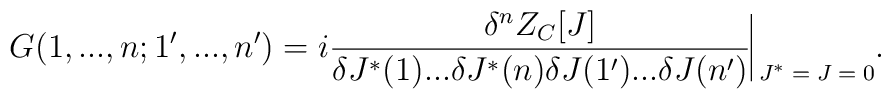
G (1, ..., n; 1', ..., n') = i \frac{\delta^n Z_C [J]}{\delta J^* (1) ... \delta J^* (n) \delta J (1') ... \delta J (n')} \rule[-3mm]{.14mm}{8.5mm} \raisebox{-2.85mm}{\scriptsize{$\; J^* = J = 0$}} .